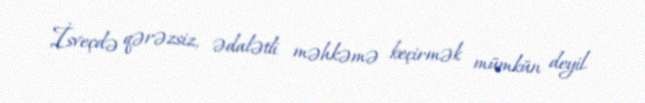
İsveçdə qərəzsiz, ədalətli məhkəmə keçirmək mümkün deyil.